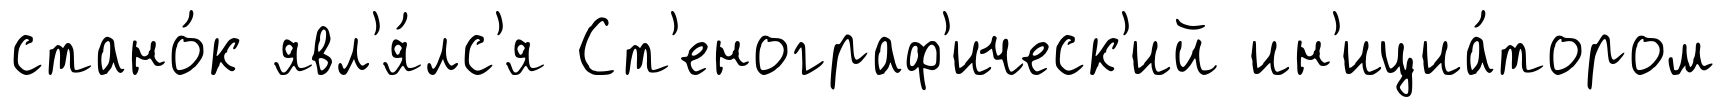
стано́к явл'я́лс'я Ст'енограф'ическ'ий ин'ициа́тором